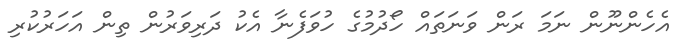
އެހެންނޫން ނަމަ ރަން ވަނަތައް ހޯދުމުގެ ހުވަފެނާ އެކު ދަރިވަރުން ތިން އަހަރުކުރި